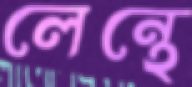
লেন্থে